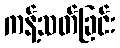
ကန့်သတ်ခြင်း